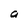
Character: a